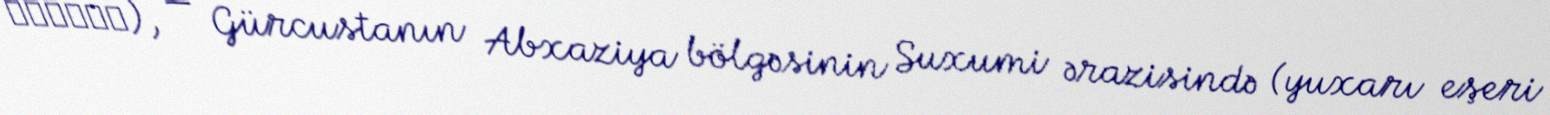
აღდარა), — Gürcustanın Abxaziya bölgəsinin Suxumi ərazisində (yuxarı eşeri